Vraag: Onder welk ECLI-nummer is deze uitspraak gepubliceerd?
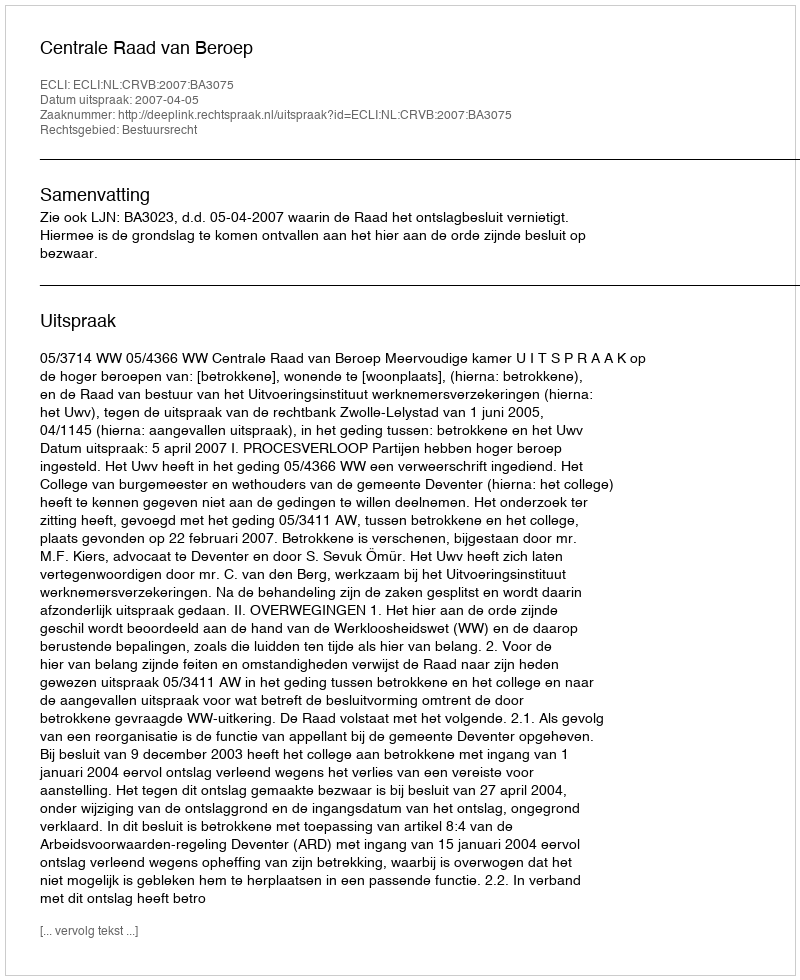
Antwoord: ECLI:NL:CRVB:2007:BA3075